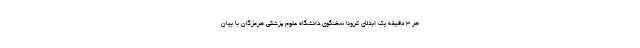
هر 3 دقیقه یک ابتلای کرونا سخنگوی دانشگاه علوم پزشکی هرمزگان با بیان